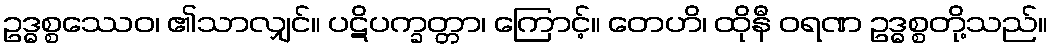
ဥဒ္ဓစ္စဿေဝ၊ ၏သာလျှင်။ ပဋိပက္ခတ္တာ၊ ကြောင့်။ တေဟိ၊ ထိုနီ ဝရဏ ဥဒ္ဓစ္စတို့သည်။